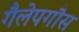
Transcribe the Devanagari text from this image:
गैलेपगौस